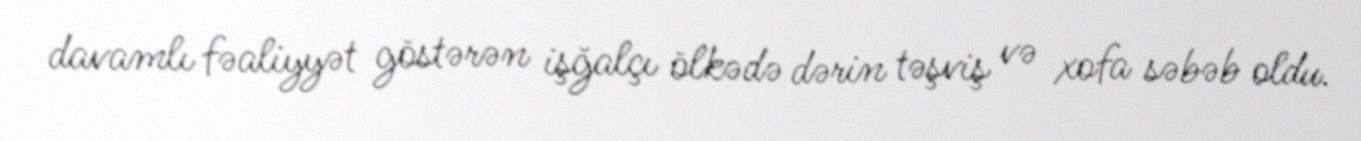
davamlı fəaliyyət göstərən işğalçı ölkədə dərin təşviş və xofa səbəb oldu.